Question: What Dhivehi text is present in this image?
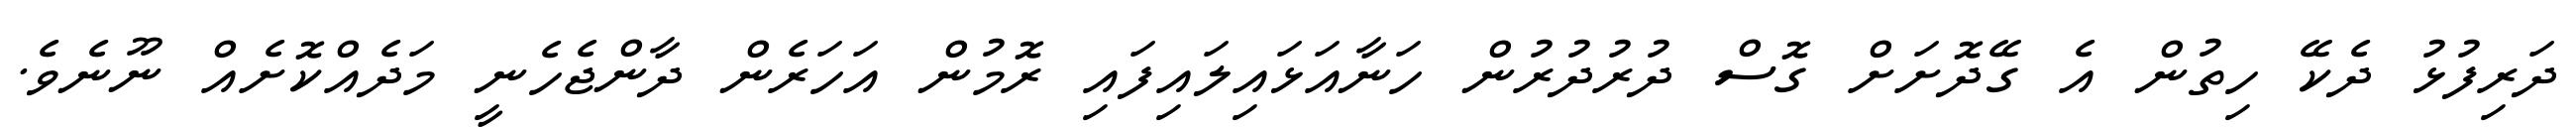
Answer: ދަރިފުޅު ދެކޭ ހިތުން އެ ގޭދޮށަށް ގޮސް ދުރުދުރުން ހަނާއަޅައިލައިފައި ރޮމުން އަހަރެން ދާންޖެހެނީ މަދެއްކޮށެއް ނޫނެވެ.